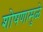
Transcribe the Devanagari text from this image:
शोषणामुळे